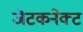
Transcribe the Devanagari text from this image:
जॆटकनेक्ट